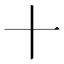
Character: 十